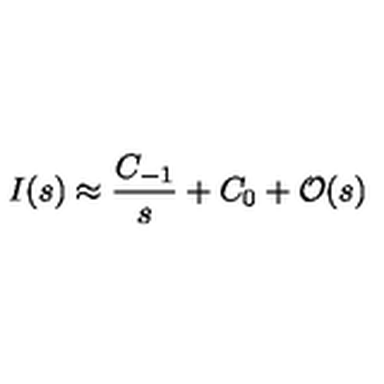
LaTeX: I ( s ) \approx \frac { C _ { - 1 } } { s } + C _ { 0 } + \mathcal { O } ( s )